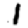
Digit: 1